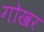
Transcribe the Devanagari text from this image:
गोखर